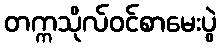
တက္ကသိုလ်ဝင်စာမေးပွဲ